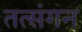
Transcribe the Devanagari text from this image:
तत्संगन